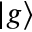
\left| g \right\rangle